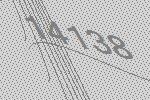
14138